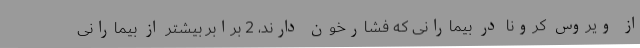
از ویروس کرونا در بیمارانی که فشارخون دارند، 2 برابر بیشتر از بیمارانی